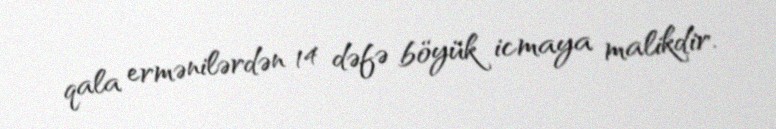
qala ermənilərdən 14 dəfə böyük icmaya malikdir.